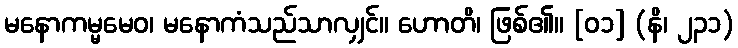
မနောကမ္မမေဝ၊ မနောကံသည်သာလျှင်။ ဟောတိ၊ ဖြစ်၏။ [၀၁] (နိ၊ ၂၃၁)